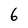
Character: 6